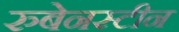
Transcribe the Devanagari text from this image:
रुबेनस्टीन